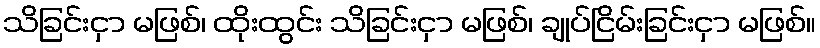
သိခြင်းငှာ မဖြစ်၊ ထိုးထွင်း သိခြင်းငှာ မဖြစ်၊ ချုပ်ငြိမ်းခြင်းငှာ မဖြစ်။